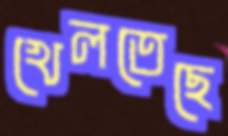
খেলতেছে